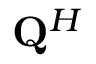
{ \bf { Q } } ^ { H }